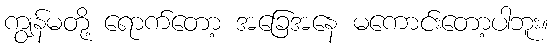
ကျွန်မတို့ ရောက်တော့ အခြေအနေ မကောင်းတော့ပါဘူး။